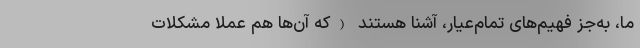
ما، به‌جز فهیم‌های تمام‌عیار، آشنا هستند (که آن‌ها هم عملاً مشکلات